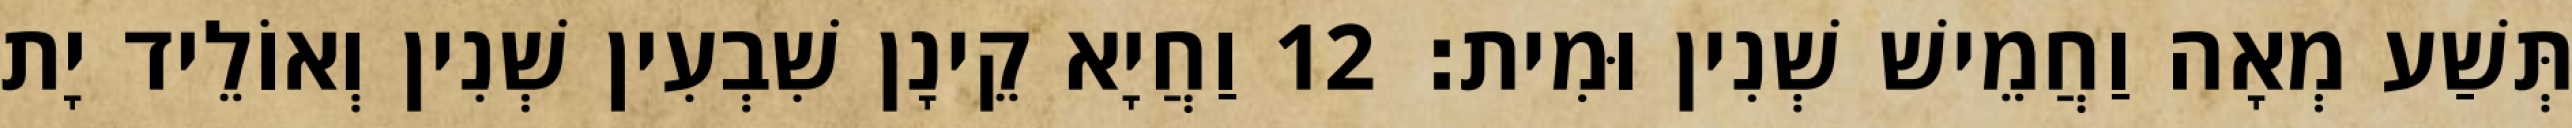
תְּשַׁע מְאָה וַחֲמֵישׁ שְׁנִין וּמִית׃ 12 וַחֲיָא קֵינָן שִׁבְעִין שְׁנִין וְאוֹלֵיד יָת